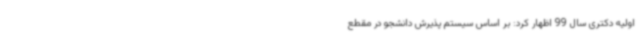
اولیه دکتری سال 99 اظهار کرد: بر اساس سیستم پذیرش دانشجو در مقطع